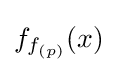
\textstyle f_{f_{(p)}}(x)